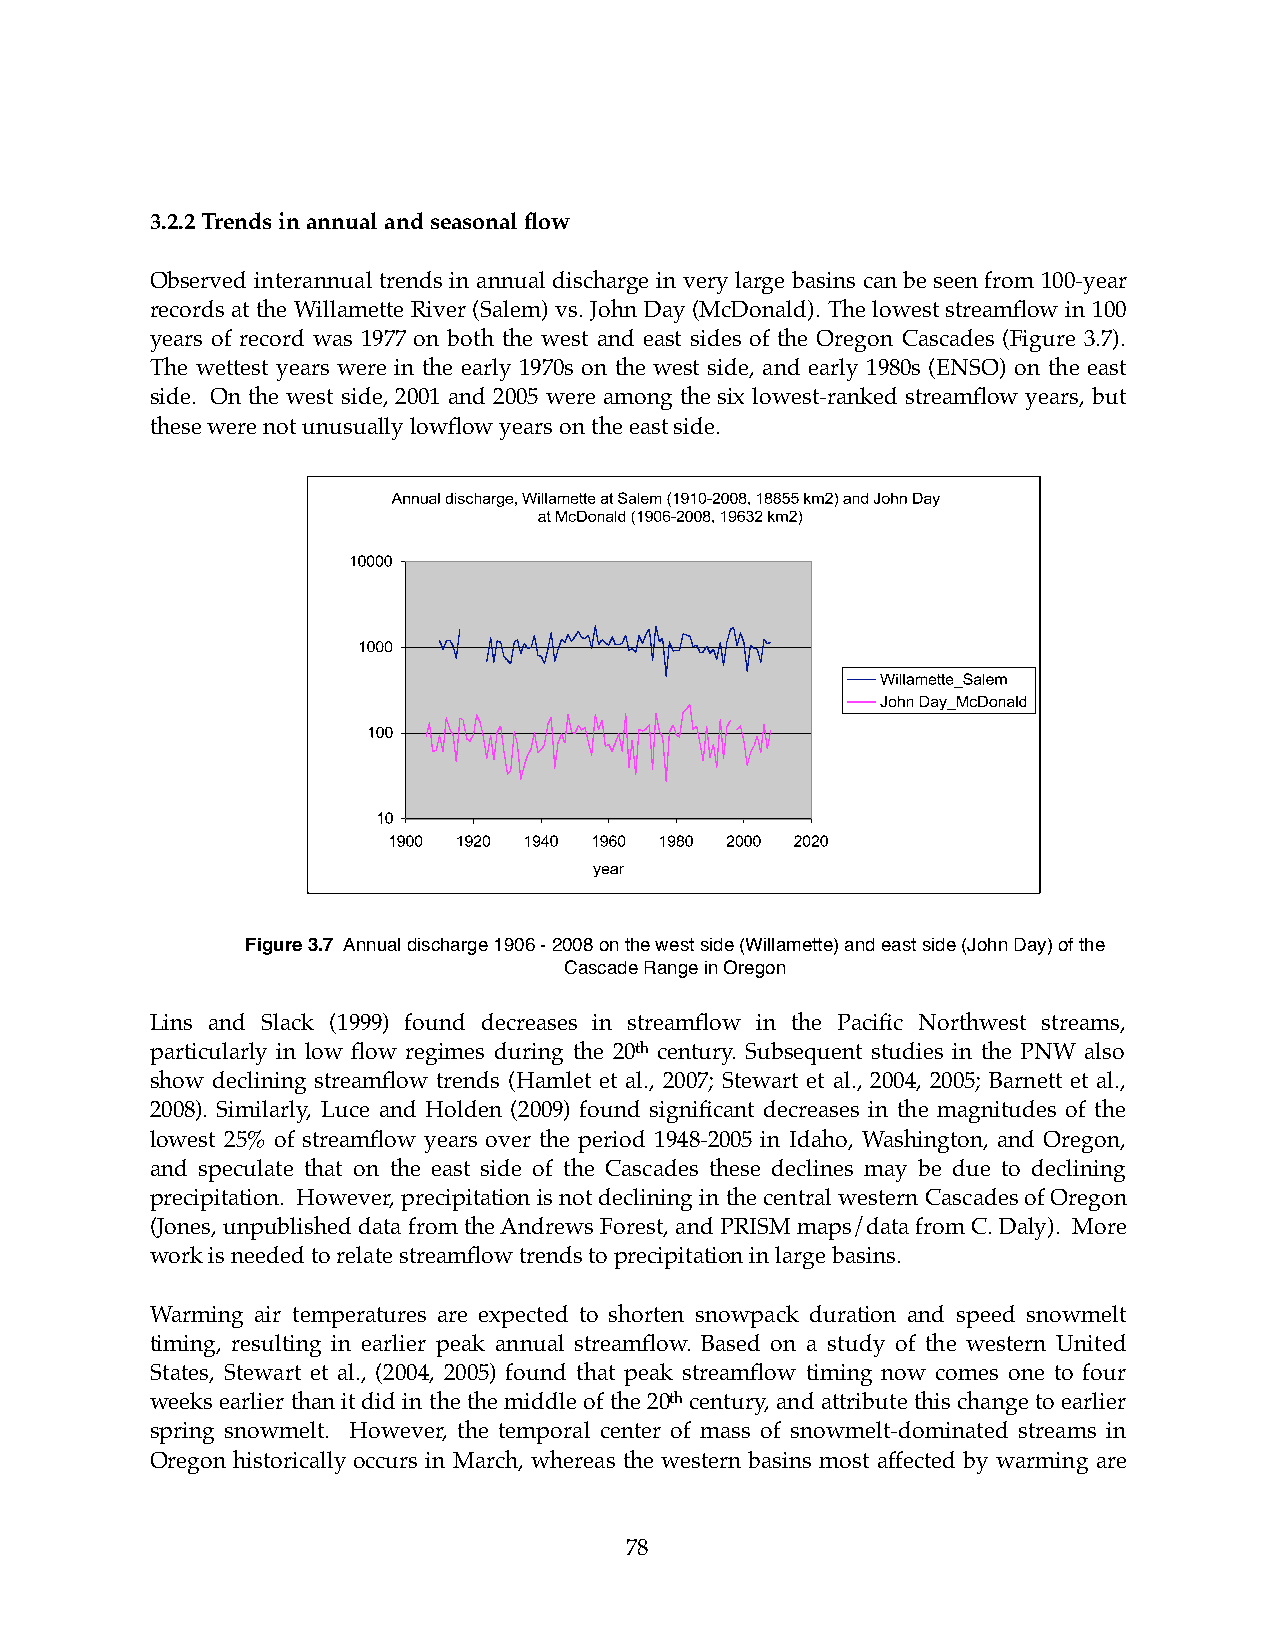
3.2.2 Trends in annual and seasonal flow
 Observed interannual trends in annual discharge in very large basins can be seen from 100-year
 records at the Willamette River (Salem) vs. John Day (McDonald). The lowest streamflow in 100
 years of record was 1977 on both the west and east sides of the Oregon Cascades (Figure 3.7).
 The wettest years were in the early 1970s on the west side, and early 1980s (ENSO) on the east
 side. On the west side, 2001 and 2005 were among the six lowest-ranked streamflow years, but
 these were not unusually lowflow years on the east side.
 Figure 3.7 Annual discharge 1906 - 2008 on the west side (Willamette) and east side (John Day) of the
 Cascade Range in Oregon
 Lins and Slack (1999) found decreases in streamflow in the Pacific Northwest streams,
 particularly in low flow regimes during the 20th century. Subsequent studies in the PNW also
 show declining streamflow trends (Hamlet et al., 2007; Stewart et al., 2004, 2005; Barnett et al.,
 2008). Similarly, Luce and Holden (2009) found significant decreases in the magnitudes of the
 lowest 25% of streamflow years over the period 1948-2005 in Idaho, Washington, and Oregon,
 and speculate that on the east side of the Cascades these declines may be due to declining
 precipitation. However, precipitation is not declining in the central western Cascades of Oregon
 (Jones, unpublished data from the Andrews Forest, and PRISM maps/data from C. Daly). More
 work is needed to relate streamflow trends to precipitation in large basins.
 Warming air temperatures are expected to shorten snowpack duration and speed snowmelt
 timing, resulting in earlier peak annual streamflow. Based on a study of the western United
 States, Stewart et al., (2004, 2005) found that peak streamflow timing now comes one to four
 weeks earlier than it did in the the middle of the 20th century, and attribute this change to earlier
 spring snowmelt. However, the temporal center of mass of snowmelt-dominated streams in
 Oregon historically occurs in March, whereas the western basins most affected by warming are
 78